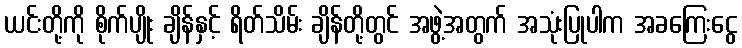
ယင်းတို့ကို စိုက်ပျိုး ချိန်နှင့် ရိတ်သိမ်း ချိန်တို့တွင် အဖွဲ့အတွက် အသုံးပြုပါက အခကြေးငွေ